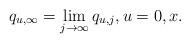
LaTeX: \begin{align*}q_{u,\infty} = \lim_{j\to\infty} q_{u,j}, u = 0, x.\end{align*}